Leaving Certificate Examination (including Day School Certificate (Higher) General paper), 1939
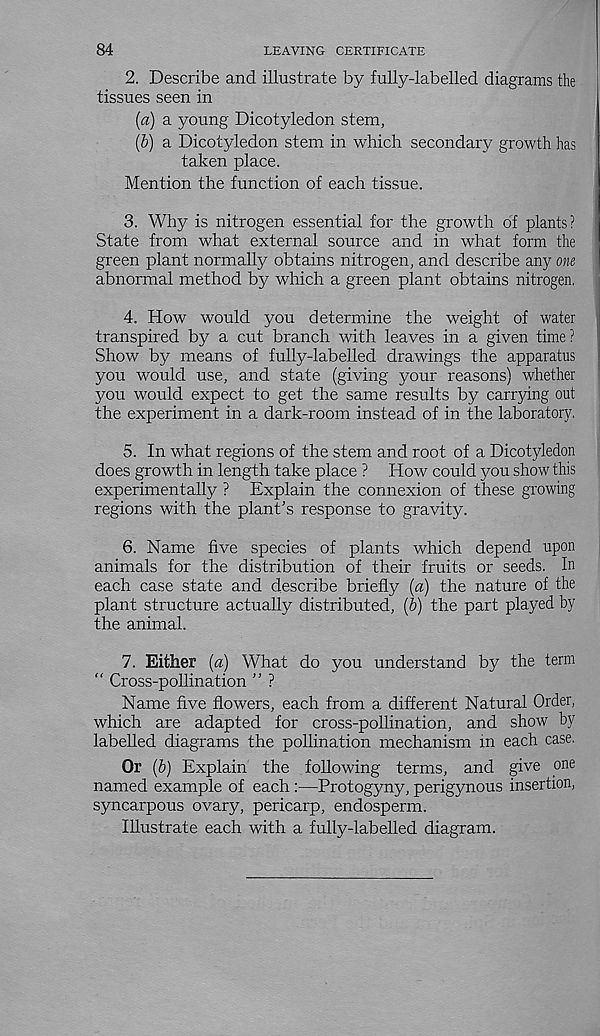
84
LEAVING CERTIFICATE
2. Describe and illustrate by fully-labelled diagrams the
tissues seen in
(a) a young Dicotyledon stem,
[b) a Dicotyledon stem in which secondary growth has
taken place.
Mention the function of each tissue.
3. Why is nitrogen essential for the growth of plants?
State from what external source and in what form the
green plant normally obtains nitrogen, and describe any om
abnormal method by which a green plant obtains nitrogen,
4. How would you determine the weight of water
transpired by a cut branch with leaves in a given time ?
Show by means of fully-labelled drawings the apparatus
you would use, and state (giving your reasons) whether
you would expect to get the same results by carrying out
the experiment in a dark-room instead of in the laboratory.
5. In what regions of the stem and root of a Dicotyledon
does growth in length take place ? How could you show this
experimentally ? Explain the connexion of these growing
regions with the plant's response to gravity.
6. Name five species of plants which depend upon
animals for the distribution of their fruits or seeds. In
each case state and describe briefly (a) the nature of the
plant structure actually distributed, (b) the part played by
the animal.
7. Either (a) What do you understand by the term
" Cross-pollination ” ?
Name five flowers, each from a different Natural Order,
which are adapted for cross-pollination, and show by
labelled diagrams the pollination mechanism m each case.
Or (6) Explain the following terms, and give one
named example of each :—Protogyny, perigynous insertion,
syncarpous ovary, pericarp, endosperm.
Illustrate each with a fully-labelled diagram.